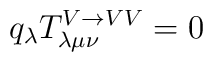
q_\lambda T^{V\rightarrow VV}_{\lambda \mu \nu} =0